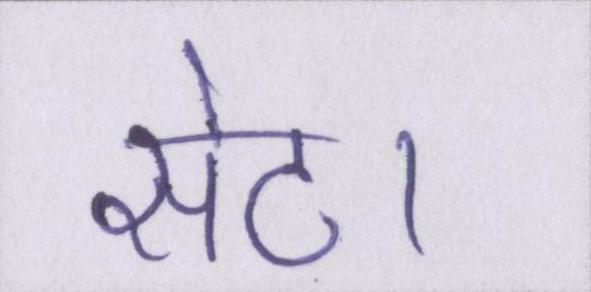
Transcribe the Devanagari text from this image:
सेठ।